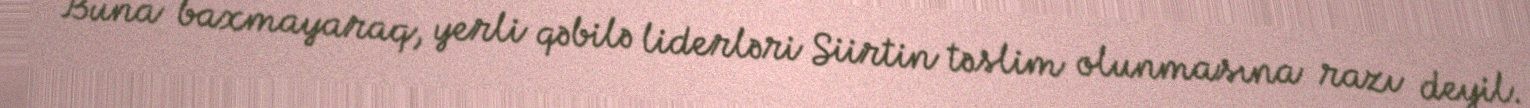
Buna baxmayaraq, yerli qəbilə liderləri Siirtin təslim olunmasına razı deyil.